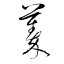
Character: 蓁